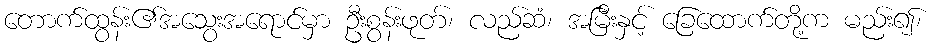
တောက်ထွန်း၏အသွေးအရောင်မှာ ဦးစွန်းဖုတ်၊ လည်ဆံ၊ အမြီးနှင့် ခြေထောက်တို့က မည်း၍၊